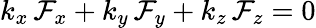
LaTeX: k_{x}\, \mathcal{F}_{x}+k_{y}\, \mathcal{F}_{y}+k_{z}\, \mathcal{F}_{z}=0